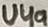
Text: U4a